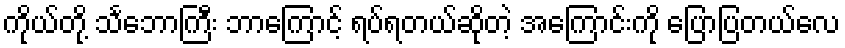
ကိုယ်တို့ သင်္ဘောကြီး ဘာကြောင့် ရပ်ရတယ်ဆိုတဲ့ အကြောင်းကို ပြောပြတယ်လေ